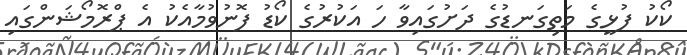
ކޯކު ފުޅީގެ މަތިގަނޑުގެ ދަށުގައިވާ ހަ އަކުރުގެ ކޯޑު ފޮނުވުމާއެކު އެ ޕްރޮމޯޝަންގައި